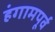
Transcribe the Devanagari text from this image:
हंगामपूर्व